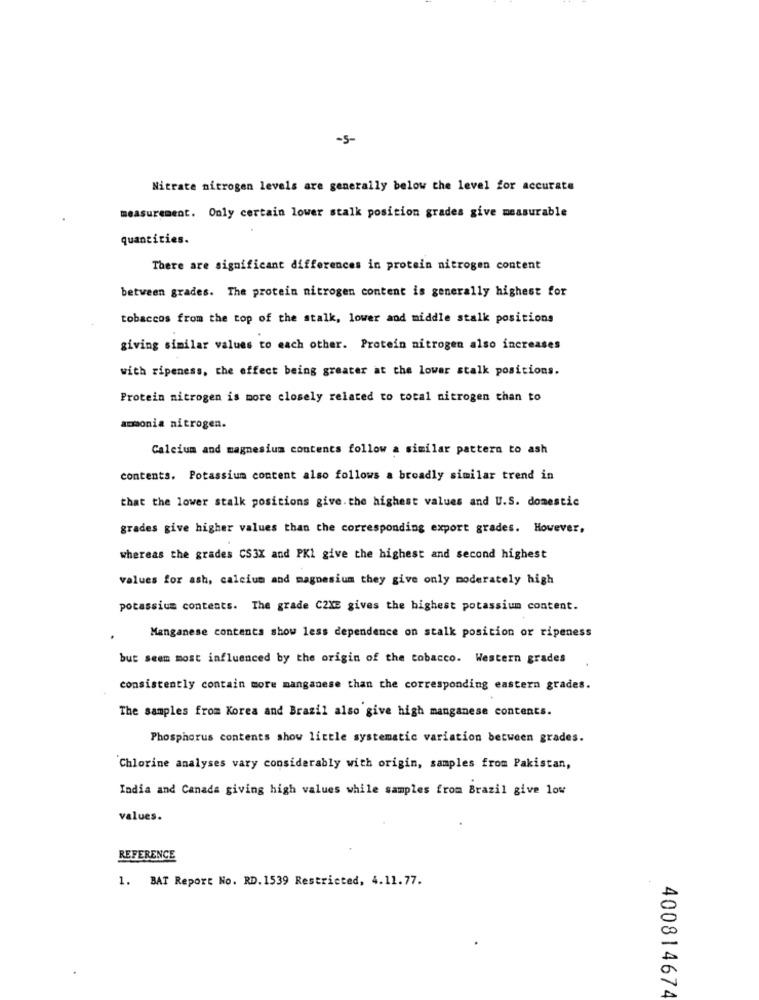
-5-
Nitrate nitrogen levels are generally below the level for accurate
measurement. Only certain lower stalk position grades give measurable
quantities.
There are significant differences in protein nitrogen content
between grades. The protein nitrogen content is generally highest for
tobaccos from the top of the stalk, lower and middle stalk positions
giving similar values to each other. Protein nitrogen also increases
with ripeness, the effect being greater at the lower stalk positions.
Protein nitrogen is more closely related to total nitrogen than to
ammonia nitrogen.
Calcium and magnesium contents follow a similar pattern to ash
contents. Potassium content also follows a broadly similar trend in
that the lower stalk positions give. the highest values and U.S. domestic
grades give higher values than the corresponding export grades. However,
whereas the grades CS3X and PKI give the highest and second highest
values for ash, calcium and magnesium they give only moderately high
potassium contents. The grade C2XE gives the highest potassium content.
Manganese contents show less dependence on stalk position or ripeness
but seem most influenced by the origin of the tobacco. Western grades
consistently contain more manganese than the corresponding eastern grades.
The samples from Korea and Brazil also give high manganese contents.
Phosphorus contents show little systematic variation between grades.
Chlorine analyses vary considerably with origin, samples from Pakistan,
India and Canada giving high values while samples from Brazil give low
values.
REFERENCE
1. BAT Report No. RD. 1539 Restricted, 4.11.77.
400814674